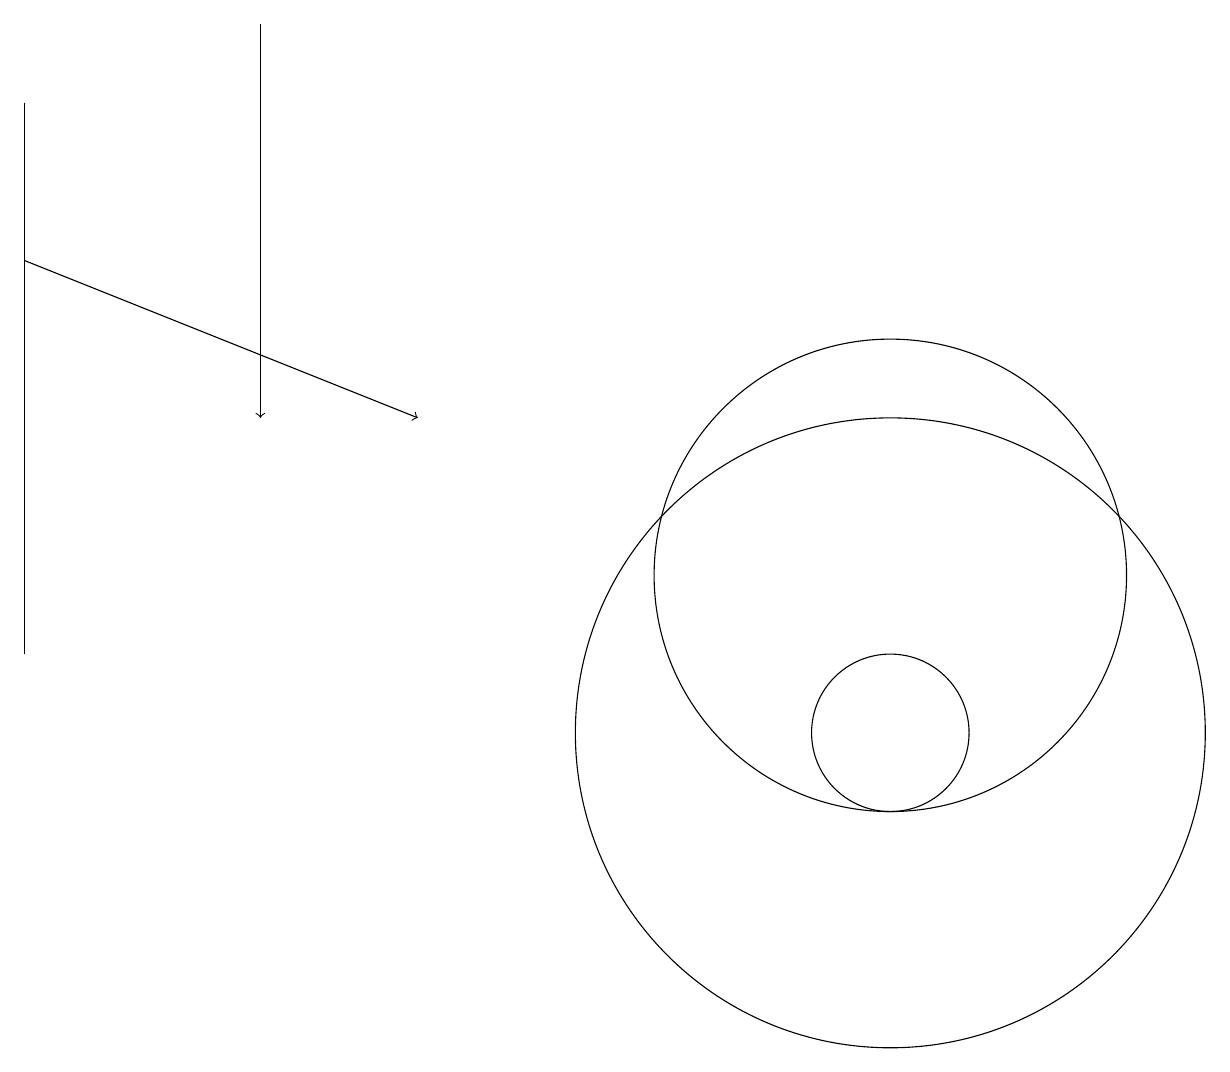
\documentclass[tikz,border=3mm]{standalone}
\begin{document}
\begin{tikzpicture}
\draw (11,10) circle (4);
\draw (0,18) rectangle (0,11);
\draw[->] (3,19) -- (3,14);
\draw[->] (0,16) -- (5,14);
\draw (11,10) circle (1);
\draw (11,12) circle (3);
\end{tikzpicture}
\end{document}